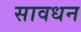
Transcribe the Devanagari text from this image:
सावधन